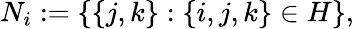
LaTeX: N_{i}:=\{ \{ j,k\} :\{ i,j,k\} \in H\} ,